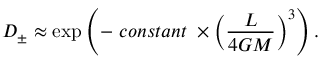
D _ { \pm } \approx \exp \left( - \ c o n s t a n t \ \times \left( \frac { L } { 4 G M } \right) ^ { 3 } \right) .